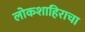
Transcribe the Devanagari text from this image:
लोकशाहिराचा